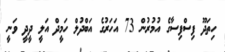
ހިތަދޫ ފިސްފިސާގެ އުމުރުން 73 އަހަރުގެ އަބްދުލް ހަމީދް އަލީ ދީދީ ވަނީ